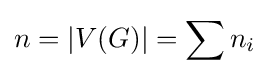
n=|V(G)|=\sum n_{i}